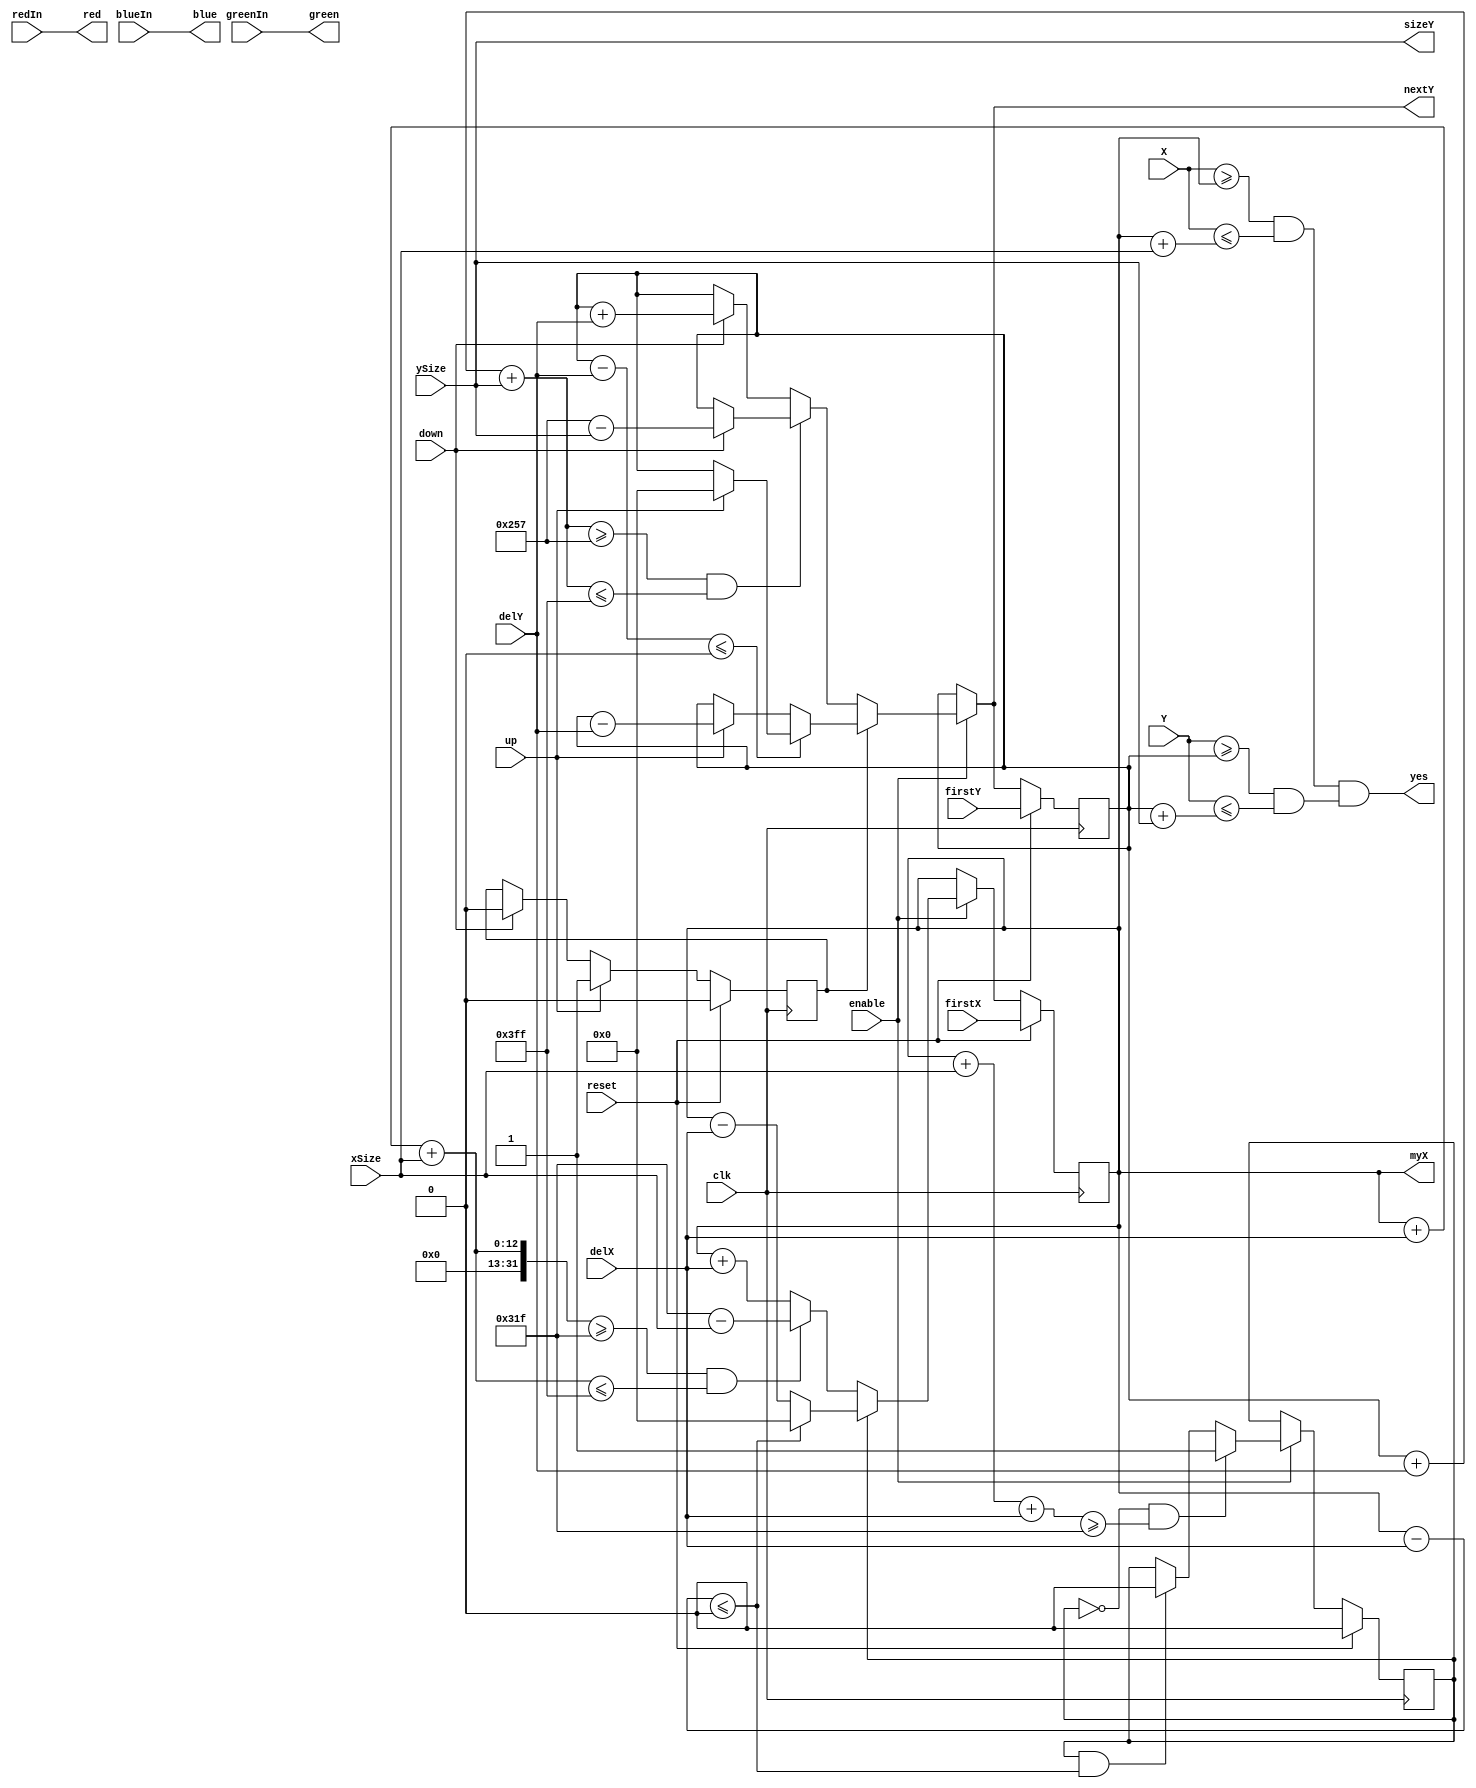
/*
Authored by Elijah Theander
December 5, 2016
buttonWidget.v
widget.v, but with added logic for 
user input for controlling y location.
*/

module buttonWidget(yes,myX,nextY,sizeY,red,green,blue,X,Y,xSize,ySize,delX,delY,redIn,greenIn,blueIn,enable,up,down,firstX,firstY,clk,reset);

	output              yes;//Output signal for drawing of object
	output signed[10:0] myX,nextY;//output signals for interfacing with other widget
	output       [8:0]  sizeY; //size output for interfacing with other widget
	output       [3:0]  red,green,blue;//color signal going to client
	
	input        [10:0] X,Y,firstX,firstY;//place where driver is located, starting position of widget
	input        [8:0]  xSize,ySize;//width and height of widget
	input signed [4:0]  delX,delY; //"Velocity" of widget
	input        [3:0]  redIn,greenIn,blueIn;//input colors of widget
	input               enable;//enable coming from a clock divider
	input               up,down;//button inputs for movement of widget
	input               clk,reset;//synchronous clock and reset
	
	reg signed    [10:0]  myX,myY,nextX,nextY;
	reg subtractX,subtractY,nextSubX,nextSubY;
	
	parameter rightBorder = 799, bottomBorder = 599;
	
	assign sizeY = ySize;
	
	//State memory
	always @(posedge clk)begin
		if(reset)begin
			myX <= firstX;
			myY <= firstY;
			subtractX = 0;
			subtractY = 0;
		end
		else begin
			myX <= nextX;
			myY <= nextY;
			subtractX = nextSubX;
			subtractY = nextSubY;
		end
	end
	
	//nextX
	always @(myX,delX,xSize,subtractX,enable)begin
	   if(enable)begin
	   
	       if(subtractX)begin
	       
	           if((myX - delX)<=0)begin
	               nextX=0;
	           end
	           else begin
                   nextX = (myX - delX);
               end
               
	       end
	       else begin
	           if(((myX + delX +xSize)>=rightBorder)&&((myX + delX + xSize)<=1023))begin
	               nextX = (rightBorder - xSize);
	           end 
	           else begin
	               nextX = (myX + delX);
	           end
	       end
	   end
	   else begin
	       nextX = myX;
	   end
	   
	end
	
	//nextY
	always @(myY,delY,ySize,subtractY,enable,up,down)begin
	   if(enable)begin
	       if(subtractY)begin
	           if((myY - delY)<=0)begin
	               nextY = up ? 0:myY;
	           end
	           else begin
	               nextY = up ?(myY - delY):myY;
	           end
	       end
	       else begin
	           if(((myY + delY + ySize)>=bottomBorder)&&((myY + delY + ySize)<=1023))begin
	               nextY = down? (bottomBorder - ySize):myY;
	           end
	           else begin
	               nextY = down? (myY + delY):myY;
	           end
	       end
	   end
	   else begin
	       nextY = myY;
	   end
	end
	
	//nextSubX
	always @(myX,xSize,delX,subtractX,enable)begin
	
		if(enable)begin
			if((!subtractX)&&((myX + xSize + delX) >= rightBorder))begin
				nextSubX = 1;
			end
			else if(subtractX &&((myX - delX)<=0))begin
				nextSubX = 0;
			end
			else begin
				nextSubX = subtractX;
			end
		end
		else begin
			nextSubX = subtractX;
		end
		
	end
	
	//nextSubY
    always @(up,down,subtractY)begin
        nextSubY = up? 1:(down? 0: subtractY);
    end
	
	assign {red,green,blue} = {redIn,greenIn,blueIn};
	
	//yes assignment for drawing of object
	assign yes = (((X >= myX)&&(X <= (myX + xSize)))&&((Y >= myY) && (Y <= (myY + ySize))));
	
endmodule